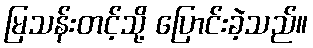
မြသန်းတင့်သို့ ပြောင်းခဲ့သည်။